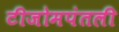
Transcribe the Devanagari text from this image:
टीजोमपंतली